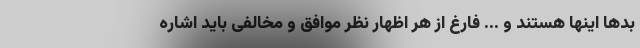
بدها اینها هستند و ... فارغ از هر اظهار نظر موافق و مخالفی باید اشاره